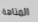
المتاهة